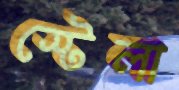
স্টেলা